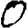
Digit: 0